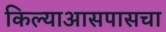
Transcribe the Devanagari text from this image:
किल्याआसपासचा